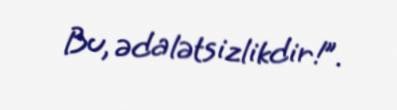
Bu, ədalətsizlikdir!”.